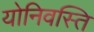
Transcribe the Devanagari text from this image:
योनिवस्ति